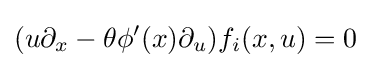
(u\partial _{x}-\theta \phi '(x)\partial _{u})f_{i}(x,u)=0